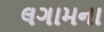
લગામના